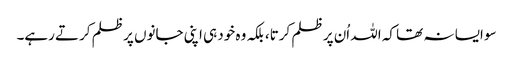
سو ایسا نہ تھا کہ اللہ اُن پر ظلم کرتا، بلکہ وہ خود ہی اپنی جانوں پر ظلم کرتے رہے۔